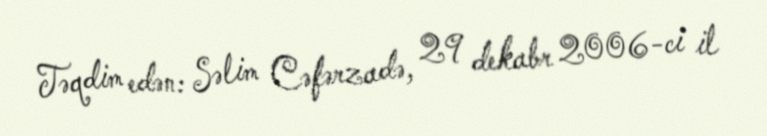
Təqdim edən: Səlim Cəfərzadə, 29 dekabr 2006-ci il